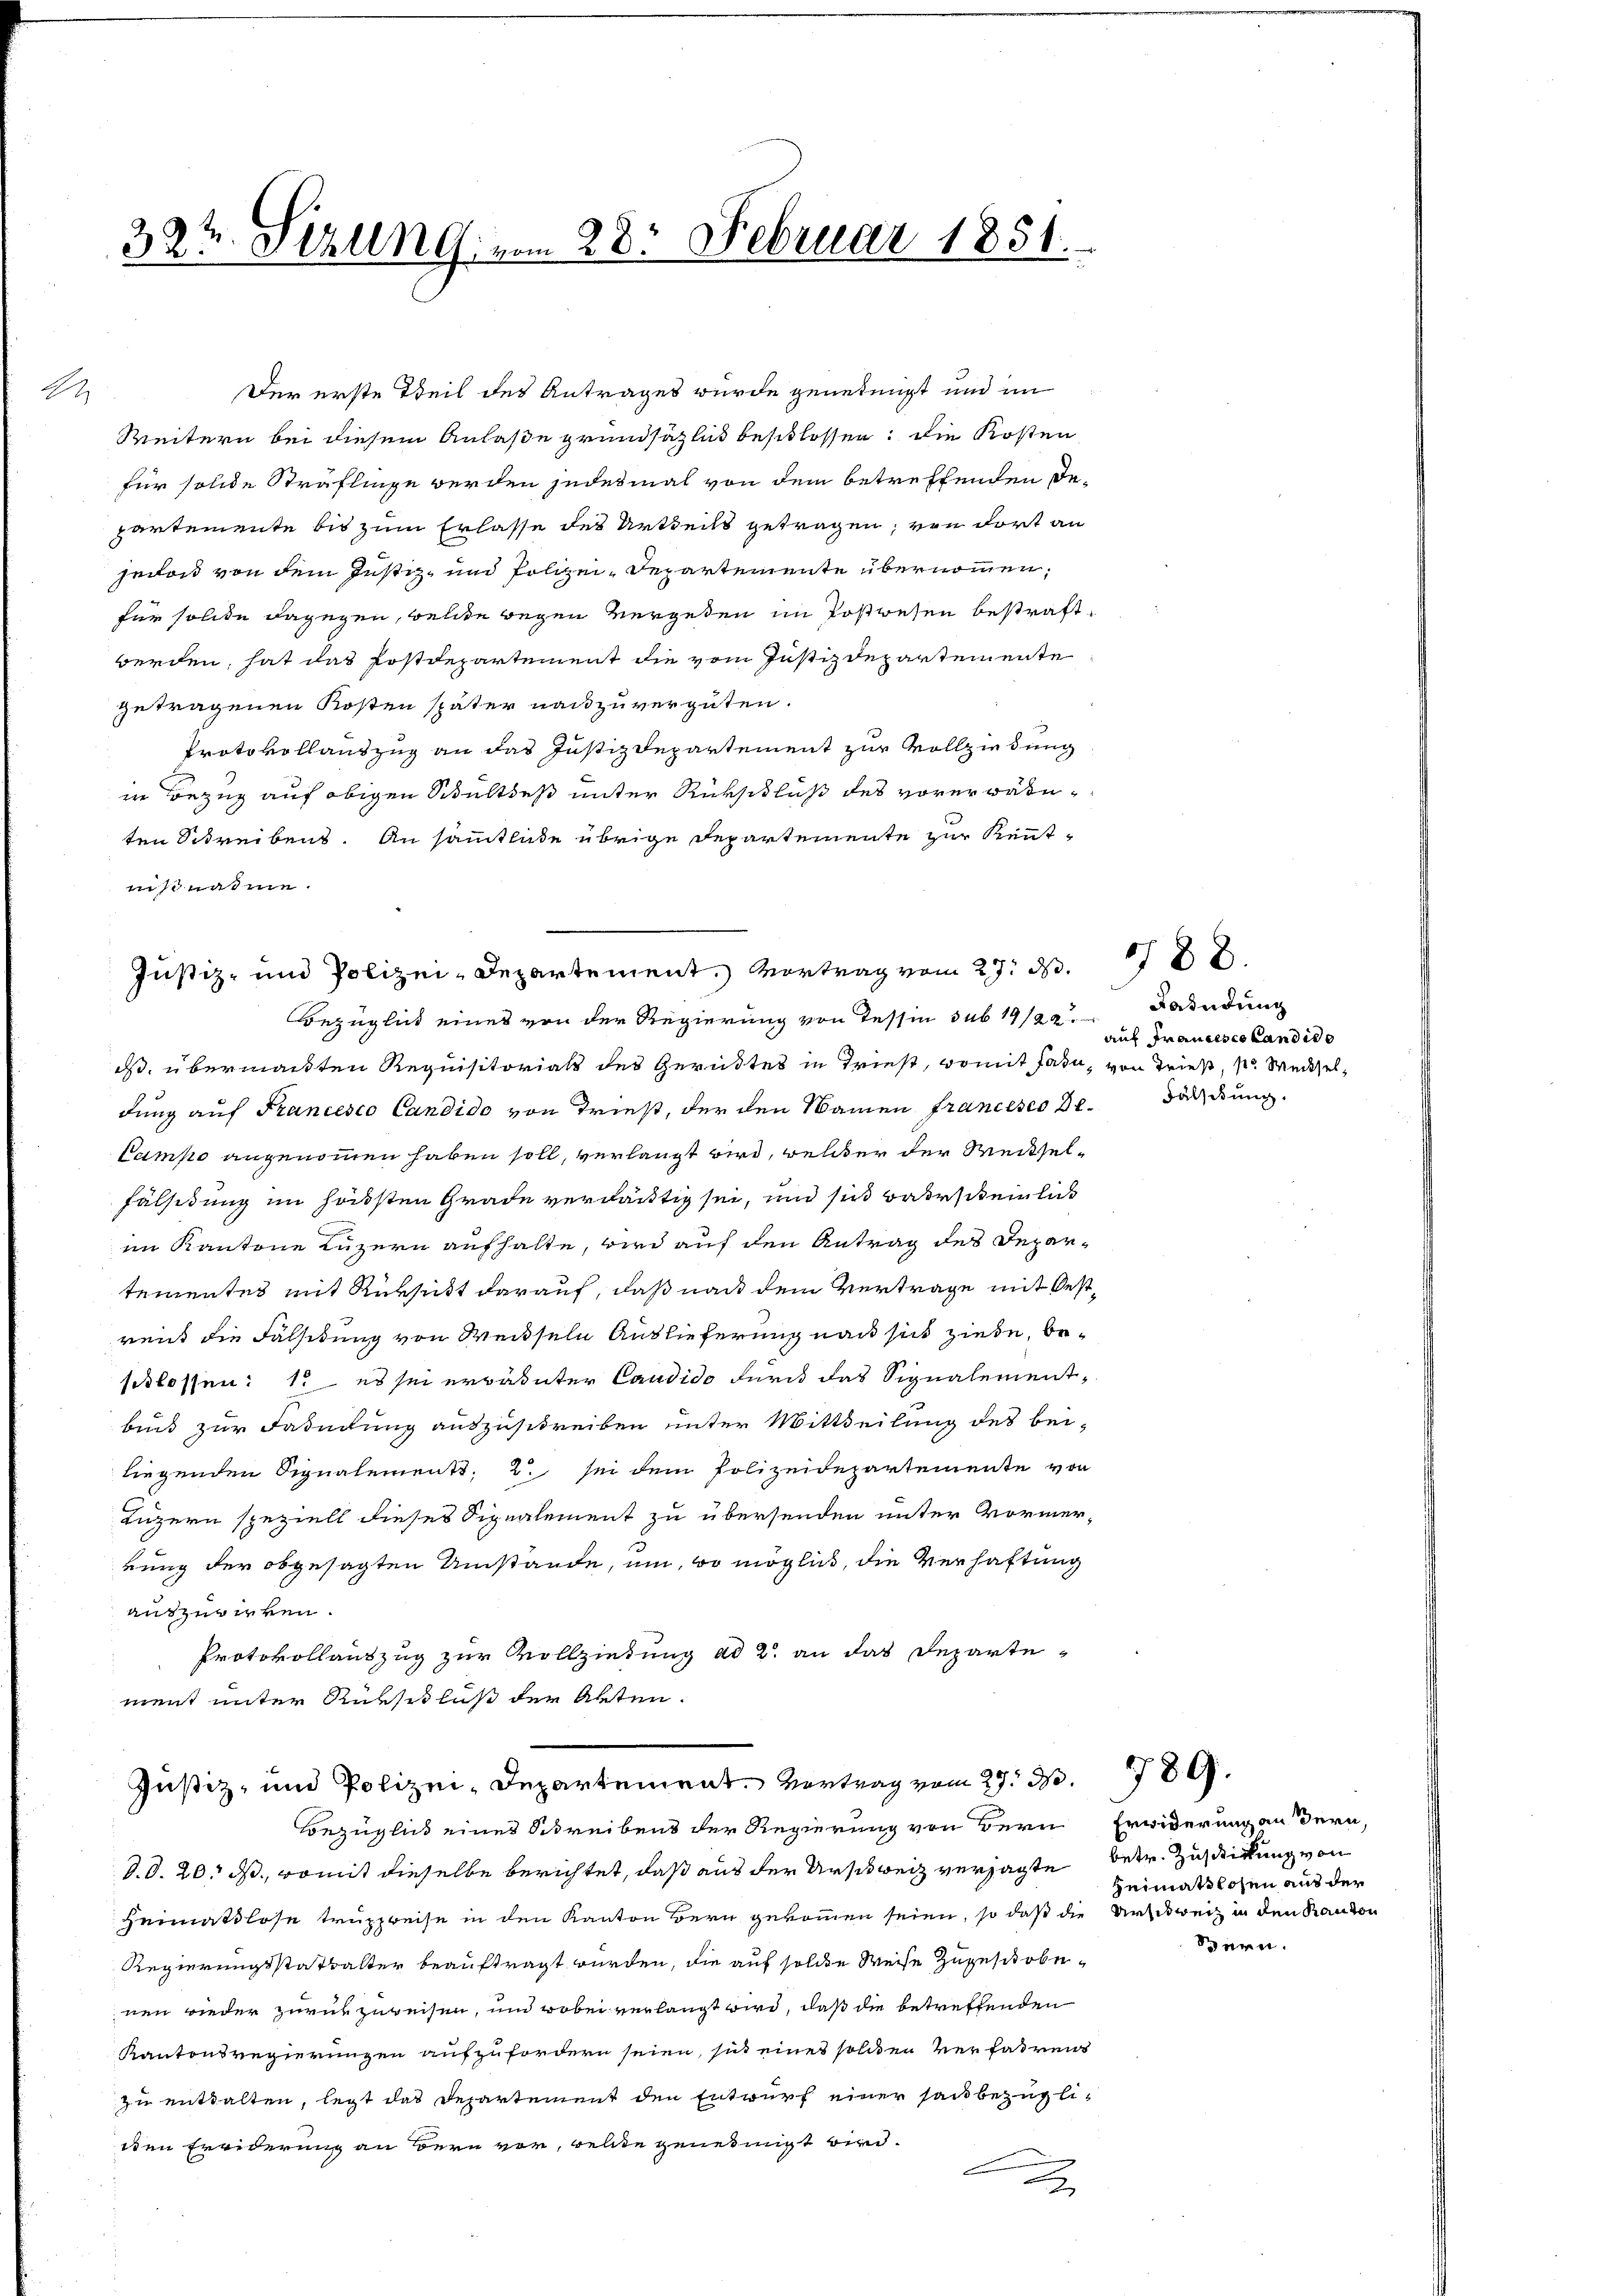
2

39t Sezung vom 28. Februar 1851.

Der erste Teil des Antrages wurde genehmigt und im
Weitern bei diesem Anlaße grundsätzlich beschlossen, die Kosten
für solche Sträflinge werden jedesmal von dem betreffenden De-
partemente bis zum Erlasse des Urtheils getragen, von dort an
jedoch von dem Justiz- und Polizei-Departemente übernommen;
für solche dagegen, welche wegen vergeben im Postwesen bestraftwerden, hat das Postdepartement die vom Justizdepartemente
getragenen Kosten später nach zuvergüten.
Protokollauszug an das Justizdepartement zur Vollziedung
in Bezug auf obigen Schultheß unter Rückschluß des vorerwähnten Schreibens. An sämmtliche übrige Departemente zur Kenntnisnahme.
Bezüglich eines von der Regierung von Tessin sub 19/2
ds, übermachten Requisitoriat des Gerichtes in Triest, womit fast, von Tries, pr. Weiseldung auf Francesco Candido von Triest, der den Namen francesco De¬
Pampo angenommen haben soll, verlangt wird, welcher der Weisel¬
Fälsidung im höchsten Grade verdächtig sei, und sich Barscheinlich
im Kantone Luzern aufhalte, wird auf den Antrag des Departementes mit Rüksicht darauf, daß nach dem Vertrage mit Oestreit die Fälsidung von Weiseln Auslieferung nach sich ziehe, beschlossen: 1. es sei erwähnter Candido furch das Signalementbis zur Fadeckung auszuschreiben unter Mittheilung des beiliegenden Signalements, u. sei dem Polizeidepartemente von
Luzern speziell dieses Signalement zu übersenden unter Vormerkung der obgesagten Umstände, um, wo möglich, die Verhaftung
auszuwirken.
Protokollauszug zur Vollziehung ad 2. an das Departe
ment unter Rückschluß der Akten.
Justiz- und Polizei-Departement. Vertrag vom 27. d.
Bezüglich eines Schreibens der Regierung von dern Erwiderung andern,
d.O. 20. ds., womit dieselbe berichtet, daß aus der Urschweiz versagte
Heimatlose truppreise in den Kanton Bern gekommen seien, so daß die Urschweiz in den Kanton
Regierungsstatbalter beauftragt wurden, die auf solche Weise zugeschobenen wieder zurückzuweisen, und wobei verlangt wird, daß die betreffenden
Kantonsregierungen aufzufordern seien, sich eines solchen Verfahrend
zu enthalten, legt das Departement den Entwurf einer sau bezüglidden Freiderung an Bern vor, wellte genehmigt wird.
c
F

Justiz- und Polizei-Departement. Vortrag vom 27. d.

88.
Faindung
auf Francesco Candid
Fälschung.

789.

betr. Zustickung von
Heimatslosen aus der

Stern.